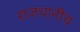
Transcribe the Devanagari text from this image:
राजधानीच